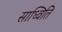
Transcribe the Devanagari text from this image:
साध्विति